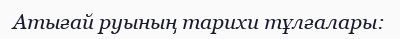
Атығай руының тарихи тұлғалары: